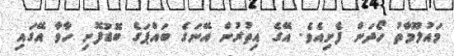
މައުލޫމާތު ހޯދަން ފެށިއެވެ. އޭގެ އިތުރުން އޭނަގެ ބައްޕަގެ ބޮޑުފޮށި ހާވާ އޭގައި